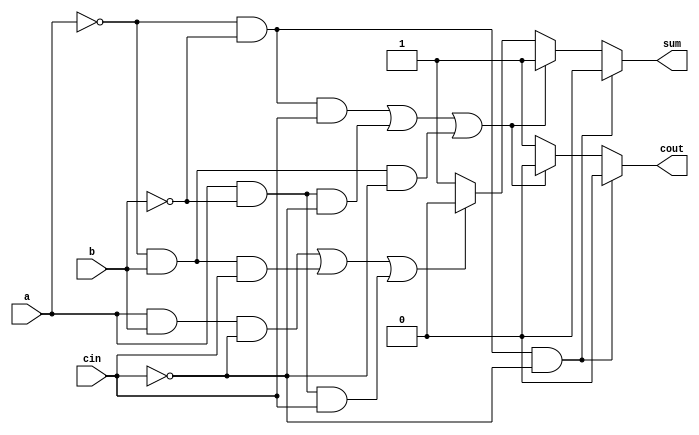
module fulladderbehav(a,b,sum,cout,cin);

	input a,b,cin;
	output sum,cout;
	reg sum,cout;

	always @ (a or b or cin)

		if(a==0 && b==0 && cin==0)
		begin
			sum=0;
			cout=0;
		end

		else if((a==0 && b==0 && cin==1)||(a==1 && b==0 && cin==0)||(a==0 && b==1 && cin==0))
		begin
			sum=1;
			cout=0;
		end

		else if((a==1 && b==1 && cin==0)||(a==0 && b==1 && cin==1)||(a==1 && b==0 && cin==1))
		begin
			sum=0;
			cout=1;
		end

		else 
		begin
			sum=1;
			cout=1;
		end

endmodule

module addersubber(a,b,sum,cout,m,v);

	input [3:0]a;
	input [3:0]b;
	input m;
	output [3:0]sum;
	output cout;
	output v;
	wire c1,c2,c3;
	wire [3:0]rb;

	assign rb[0]=b[0]^m;
	assign rb[1]=b[1]^m;
	assign rb[2]=b[2]^m;
	assign rb[3]=b[3]^m;

	fulladderbehav f1(a[0],rb[0],sum[0],c1,m);
	fulladderbehav f2(a[1],rb[1],sum[1],c2,c1);
	fulladderbehav f3(a[2],rb[2],sum[2],c3,c2);
	fulladderbehav f4(a[3],rb[3],sum[3],cout,c3);

	assign v=cout^c3;

endmodule 

module tb_addersubber;

	reg [3:0]a;
	reg [3:0]b;
	reg m;
	wire [3:0]sum;
	wire cout;
	wire v;

	addersubber as1(a,b,sum,cout,m,v);

	initial
		begin
			$monitor(,$time," a=%4b, b=%4b, s=%b, sum=%4b, cout=%b, v=%b",a,b,m,sum,cout,v);

			#0 a=4'b1011;b=4'b1000;m=1'b0;
			#2 a=4'b1011;b=4'b0100;m=1'b1;

			$finish;
		end

	initial
		begin
			$dumpfile("addersubber.vcd");
			$dumpvars;
		end

endmodule